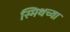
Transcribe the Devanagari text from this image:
स्मिथच्या